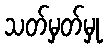
သတ်မှတ်မှု